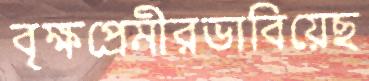
বৃক্ষপ্রেমীরভাবিয়েছ